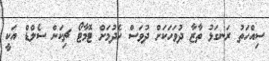
ސިއްހަތު ރަނގަޅު ތާޒާ ދުވަހަކަށް ދުވަސް ހެދުމަށް ޓޮމާޓޯ ޗިކަން ސެލްޑް އަކީ